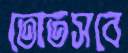
তোতসবে